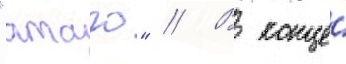
"атаго" // В конце́